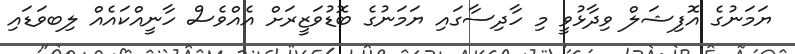
ޔަމަނުގެ އޮފިޝަލް ވިދާޅުވީ މި ހާދިސާގައި ޔަމަނުގެ ބޮޑުވަޒީރަށް އެއްވެސް ހާނީއްކައެއް ލިބވަޑައި